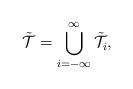
LaTeX: \begin{align*}\mathcal{\tilde{T}} = \bigcup_{i = - \infty}^{\infty} \mathcal{\tilde{T}}_i,\end{align*}